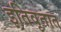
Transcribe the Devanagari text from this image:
इतिवृतात